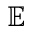
\mathbb { E }